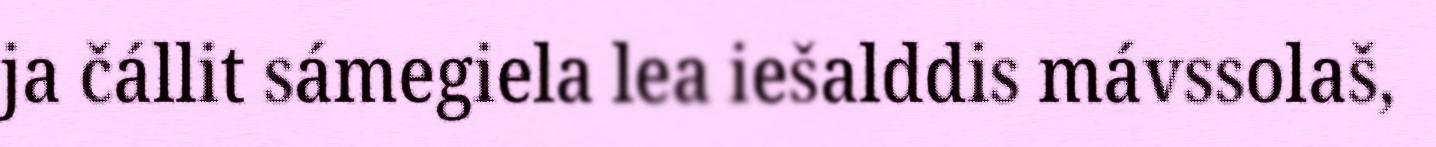
ja čállit sámegiela lea iešalddis mávssolaš,